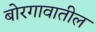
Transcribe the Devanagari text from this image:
बोरगावातील